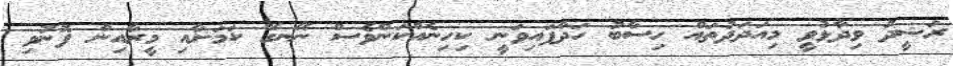
ރަޝީދު ވިދާޅުވީ މިއަދަދުތައް ހިސާބު ހަދާފައިވަނީ ކިހިނެއްކަންވެސް ނޭނގޭ ކަމަށާއި މީރާއިން ފޮނުވި